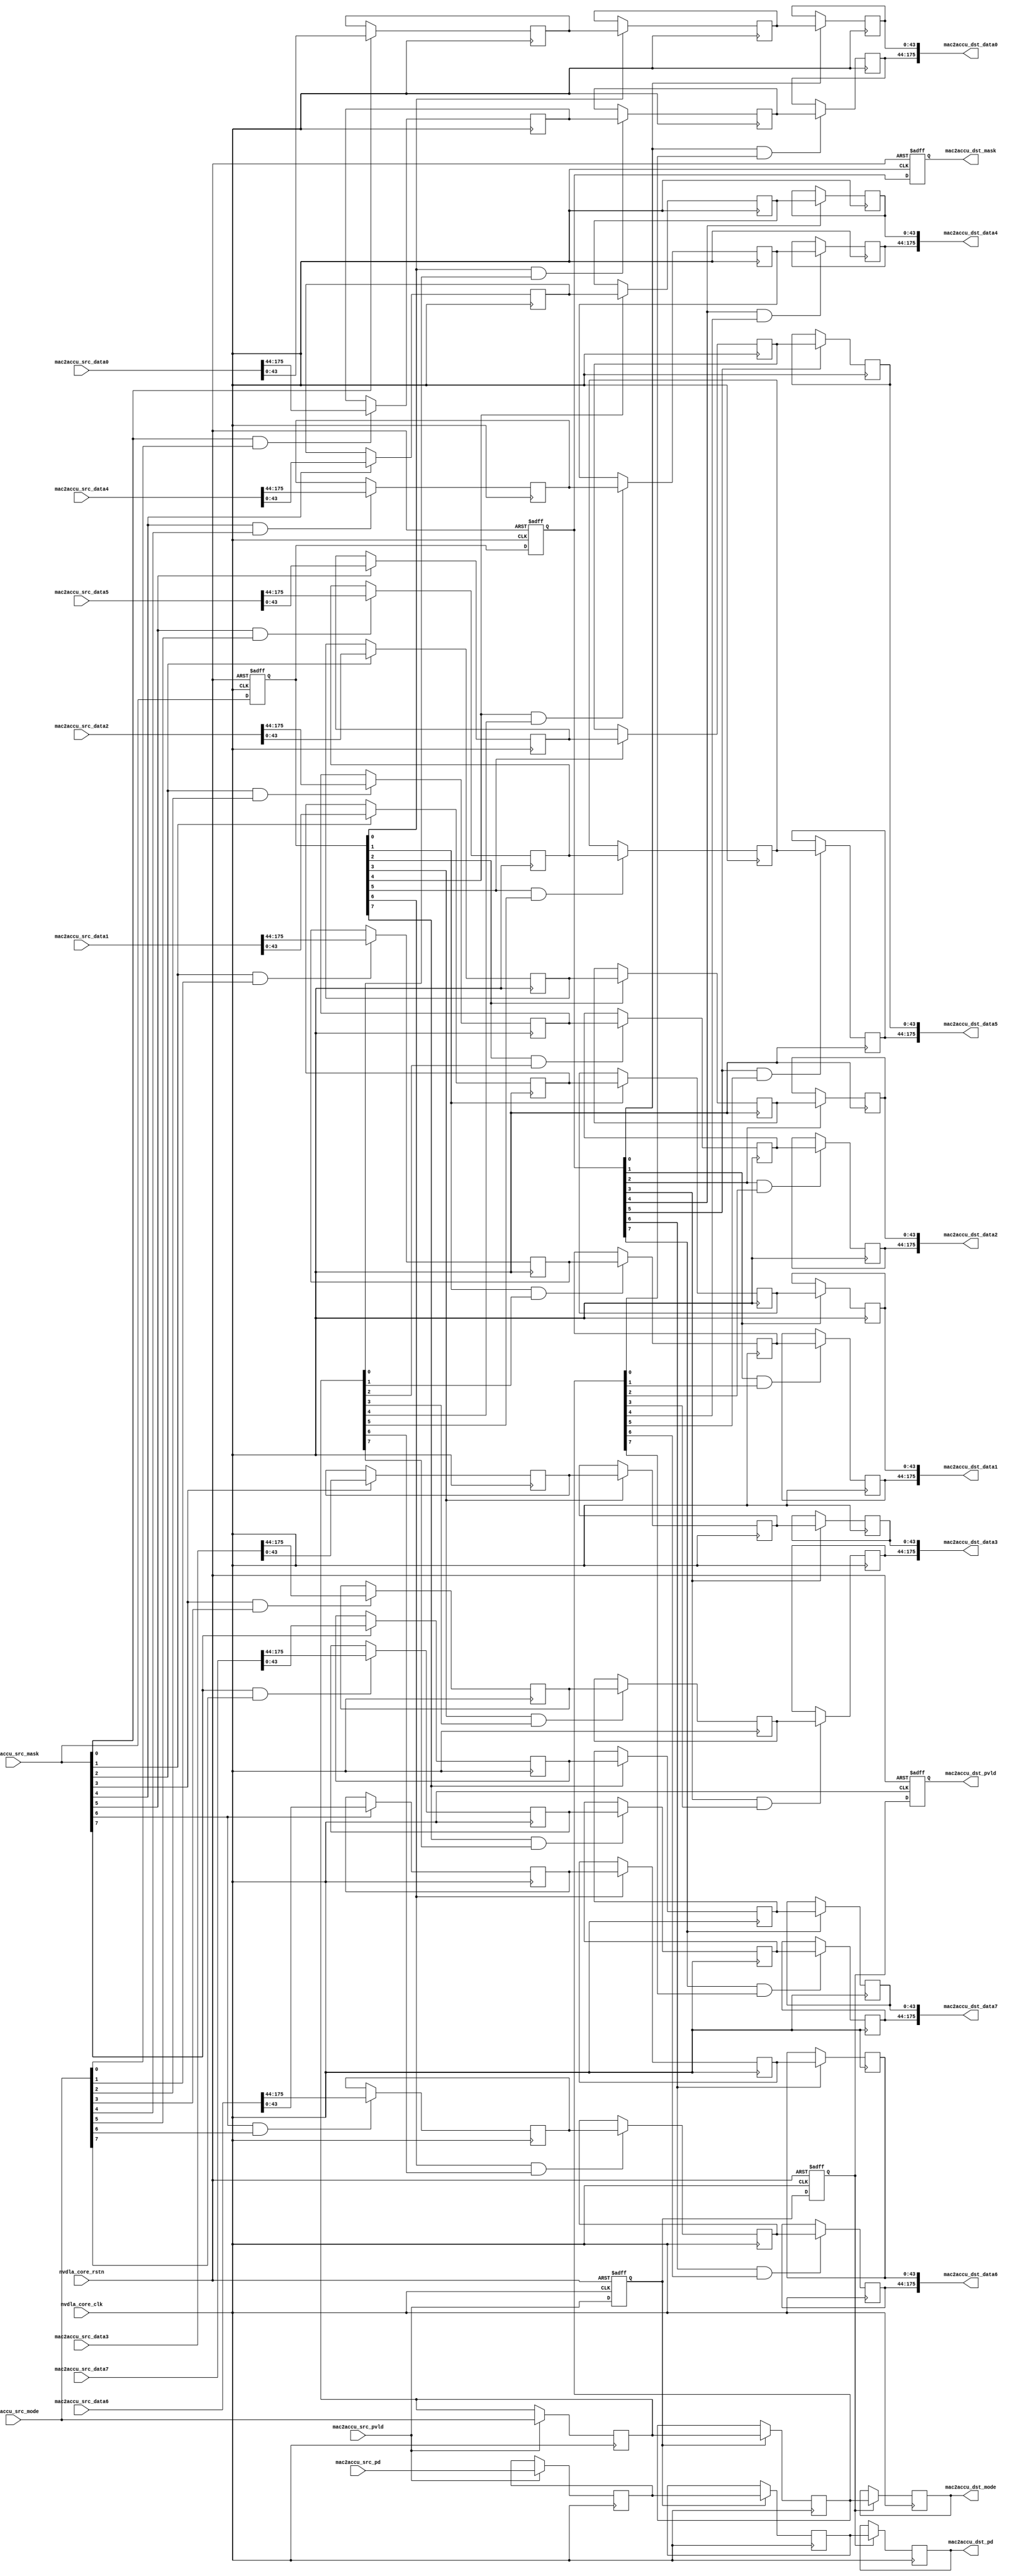
// ================================================================
// NVDLA Open Source Project
//
// Copyright(c) 2016 - 2017 NVIDIA Corporation. Licensed under the
// NVDLA Open Hardware License; Check "LICENSE" which comes with
// this distribution for more information.
// ================================================================
module NV_NVDLA_RT_cmac_b2cacc (
   nvdla_core_clk
  ,nvdla_core_rstn
  ,mac2accu_src_pvld
  ,mac2accu_src_mask
  ,mac2accu_src_mode
  ,mac2accu_src_data0
  ,mac2accu_src_data1
  ,mac2accu_src_data2
  ,mac2accu_src_data3
  ,mac2accu_src_data4
  ,mac2accu_src_data5
  ,mac2accu_src_data6
  ,mac2accu_src_data7
  ,mac2accu_src_pd
  ,mac2accu_dst_pvld
  ,mac2accu_dst_mask
  ,mac2accu_dst_mode
  ,mac2accu_dst_data0
  ,mac2accu_dst_data1
  ,mac2accu_dst_data2
  ,mac2accu_dst_data3
  ,mac2accu_dst_data4
  ,mac2accu_dst_data5
  ,mac2accu_dst_data6
  ,mac2accu_dst_data7
  ,mac2accu_dst_pd
  );
//
// NV_NVDLA_RT_cmac2cacc_ports.v
//
input nvdla_core_clk;
input nvdla_core_rstn;
input mac2accu_src_pvld; /* data valid */
input [7:0] mac2accu_src_mask;
input [7:0] mac2accu_src_mode;
input [175:0] mac2accu_src_data0;
input [175:0] mac2accu_src_data1;
input [175:0] mac2accu_src_data2;
input [175:0] mac2accu_src_data3;
input [175:0] mac2accu_src_data4;
input [175:0] mac2accu_src_data5;
input [175:0] mac2accu_src_data6;
input [175:0] mac2accu_src_data7;
input [8:0] mac2accu_src_pd;
output mac2accu_dst_pvld; /* data valid */
output [7:0] mac2accu_dst_mask;
output [7:0] mac2accu_dst_mode;
output [175:0] mac2accu_dst_data0;
output [175:0] mac2accu_dst_data1;
output [175:0] mac2accu_dst_data2;
output [175:0] mac2accu_dst_data3;
output [175:0] mac2accu_dst_data4;
output [175:0] mac2accu_dst_data5;
output [175:0] mac2accu_dst_data6;
output [175:0] mac2accu_dst_data7;
output [8:0] mac2accu_dst_pd;
wire [175:0] mac2accu_data0_d0;
wire [175:0] mac2accu_data1_d0;
wire [175:0] mac2accu_data2_d0;
wire [175:0] mac2accu_data3_d0;
wire [175:0] mac2accu_data4_d0;
wire [175:0] mac2accu_data5_d0;
wire [175:0] mac2accu_data6_d0;
wire [175:0] mac2accu_data7_d0;
wire [7:0] mac2accu_mask_d0;
wire [7:0] mac2accu_mode_d0;
wire [8:0] mac2accu_pd_d0;
wire mac2accu_pvld_d0;
reg [175:0] mac2accu_data0_d1;
reg [175:0] mac2accu_data0_d2;
reg [175:0] mac2accu_data0_d3;
reg [175:0] mac2accu_data1_d1;
reg [175:0] mac2accu_data1_d2;
reg [175:0] mac2accu_data1_d3;
reg [175:0] mac2accu_data2_d1;
reg [175:0] mac2accu_data2_d2;
reg [175:0] mac2accu_data2_d3;
reg [175:0] mac2accu_data3_d1;
reg [175:0] mac2accu_data3_d2;
reg [175:0] mac2accu_data3_d3;
reg [175:0] mac2accu_data4_d1;
reg [175:0] mac2accu_data4_d2;
reg [175:0] mac2accu_data4_d3;
reg [175:0] mac2accu_data5_d1;
reg [175:0] mac2accu_data5_d2;
reg [175:0] mac2accu_data5_d3;
reg [175:0] mac2accu_data6_d1;
reg [175:0] mac2accu_data6_d2;
reg [175:0] mac2accu_data6_d3;
reg [175:0] mac2accu_data7_d1;
reg [175:0] mac2accu_data7_d2;
reg [175:0] mac2accu_data7_d3;
reg [7:0] mac2accu_mask_d1;
reg [7:0] mac2accu_mask_d2;
reg [7:0] mac2accu_mask_d3;
reg [7:0] mac2accu_mode_d1;
reg [7:0] mac2accu_mode_d2;
reg [7:0] mac2accu_mode_d3;
reg [8:0] mac2accu_pd_d1;
reg [8:0] mac2accu_pd_d2;
reg [8:0] mac2accu_pd_d3;
reg mac2accu_pvld_d1;
reg mac2accu_pvld_d2;
reg mac2accu_pvld_d3;
assign mac2accu_pvld_d0 = mac2accu_src_pvld;
assign mac2accu_pd_d0 = mac2accu_src_pd;
assign mac2accu_mask_d0 = mac2accu_src_mask;
assign mac2accu_mode_d0 = mac2accu_src_mode;
assign mac2accu_data0_d0 = mac2accu_src_data0;
assign mac2accu_data1_d0 = mac2accu_src_data1;
assign mac2accu_data2_d0 = mac2accu_src_data2;
assign mac2accu_data3_d0 = mac2accu_src_data3;
assign mac2accu_data4_d0 = mac2accu_src_data4;
assign mac2accu_data5_d0 = mac2accu_src_data5;
assign mac2accu_data6_d0 = mac2accu_src_data6;
assign mac2accu_data7_d0 = mac2accu_src_data7;
always @(posedge nvdla_core_clk or negedge nvdla_core_rstn) begin
  if (!nvdla_core_rstn) begin
    mac2accu_pvld_d1 <= 1'b0;
  end else begin
  mac2accu_pvld_d1 <= mac2accu_pvld_d0;
  end
end
always @(posedge nvdla_core_clk) begin
  if ((mac2accu_pvld_d0) == 1'b1) begin
    mac2accu_pd_d1 <= mac2accu_pd_d0;
// VCS coverage off
  end else if ((mac2accu_pvld_d0) == 1'b0) begin
  end else begin
    mac2accu_pd_d1 <= 'bx; // spyglass disable STARC-2.10.1.6 W443 NoWidthInBasedNum-ML -- (Constant containing x or z used, Based number `bx contains an X, Width specification missing for based number)
// VCS coverage on
  end
end
always @(posedge nvdla_core_clk) begin
  if ((mac2accu_pvld_d0) == 1'b1) begin
    mac2accu_mode_d1 <= mac2accu_mode_d0;
// VCS coverage off
  end else if ((mac2accu_pvld_d0) == 1'b0) begin
  end else begin
    mac2accu_mode_d1 <= 'bx; // spyglass disable STARC-2.10.1.6 W443 NoWidthInBasedNum-ML -- (Constant containing x or z used, Based number `bx contains an X, Width specification missing for based number)
// VCS coverage on
  end
end
always @(posedge nvdla_core_clk or negedge nvdla_core_rstn) begin
  if (!nvdla_core_rstn) begin
    mac2accu_mask_d1 <= {8{1'b0}};
  end else begin
  mac2accu_mask_d1 <= mac2accu_mask_d0;
  end
end
always @(posedge nvdla_core_clk) begin
  if ((mac2accu_mask_d0[0]) == 1'b1) begin
    mac2accu_data0_d1[43:0] <= mac2accu_data0_d0[43:0];
// VCS coverage off
  end else if ((mac2accu_mask_d0[0]) == 1'b0) begin
  end else begin
    mac2accu_data0_d1[43:0] <= 'bx; // spyglass disable STARC-2.10.1.6 W443 NoWidthInBasedNum-ML -- (Constant containing x or z used, Based number `bx contains an X, Width specification missing for based number)
// VCS coverage on
  end
end
always @(posedge nvdla_core_clk) begin
  if ((mac2accu_mask_d0[0] & mac2accu_mode_d0[0]) == 1'b1) begin
    mac2accu_data0_d1[175:44] <= mac2accu_data0_d0[175:44];
// VCS coverage off
  end else if ((mac2accu_mask_d0[0] & mac2accu_mode_d0[0]) == 1'b0) begin
  end else begin
    mac2accu_data0_d1[175:44] <= 'bx; // spyglass disable STARC-2.10.1.6 W443 NoWidthInBasedNum-ML -- (Constant containing x or z used, Based number `bx contains an X, Width specification missing for based number)
// VCS coverage on
  end
end
always @(posedge nvdla_core_clk) begin
  if ((mac2accu_mask_d0[1]) == 1'b1) begin
    mac2accu_data1_d1[43:0] <= mac2accu_data1_d0[43:0];
// VCS coverage off
  end else if ((mac2accu_mask_d0[1]) == 1'b0) begin
  end else begin
    mac2accu_data1_d1[43:0] <= 'bx; // spyglass disable STARC-2.10.1.6 W443 NoWidthInBasedNum-ML -- (Constant containing x or z used, Based number `bx contains an X, Width specification missing for based number)
// VCS coverage on
  end
end
always @(posedge nvdla_core_clk) begin
  if ((mac2accu_mask_d0[1] & mac2accu_mode_d0[1]) == 1'b1) begin
    mac2accu_data1_d1[175:44] <= mac2accu_data1_d0[175:44];
// VCS coverage off
  end else if ((mac2accu_mask_d0[1] & mac2accu_mode_d0[1]) == 1'b0) begin
  end else begin
    mac2accu_data1_d1[175:44] <= 'bx; // spyglass disable STARC-2.10.1.6 W443 NoWidthInBasedNum-ML -- (Constant containing x or z used, Based number `bx contains an X, Width specification missing for based number)
// VCS coverage on
  end
end
always @(posedge nvdla_core_clk) begin
  if ((mac2accu_mask_d0[2]) == 1'b1) begin
    mac2accu_data2_d1[43:0] <= mac2accu_data2_d0[43:0];
// VCS coverage off
  end else if ((mac2accu_mask_d0[2]) == 1'b0) begin
  end else begin
    mac2accu_data2_d1[43:0] <= 'bx; // spyglass disable STARC-2.10.1.6 W443 NoWidthInBasedNum-ML -- (Constant containing x or z used, Based number `bx contains an X, Width specification missing for based number)
// VCS coverage on
  end
end
always @(posedge nvdla_core_clk) begin
  if ((mac2accu_mask_d0[2] & mac2accu_mode_d0[2]) == 1'b1) begin
    mac2accu_data2_d1[175:44] <= mac2accu_data2_d0[175:44];
// VCS coverage off
  end else if ((mac2accu_mask_d0[2] & mac2accu_mode_d0[2]) == 1'b0) begin
  end else begin
    mac2accu_data2_d1[175:44] <= 'bx; // spyglass disable STARC-2.10.1.6 W443 NoWidthInBasedNum-ML -- (Constant containing x or z used, Based number `bx contains an X, Width specification missing for based number)
// VCS coverage on
  end
end
always @(posedge nvdla_core_clk) begin
  if ((mac2accu_mask_d0[3]) == 1'b1) begin
    mac2accu_data3_d1[43:0] <= mac2accu_data3_d0[43:0];
// VCS coverage off
  end else if ((mac2accu_mask_d0[3]) == 1'b0) begin
  end else begin
    mac2accu_data3_d1[43:0] <= 'bx; // spyglass disable STARC-2.10.1.6 W443 NoWidthInBasedNum-ML -- (Constant containing x or z used, Based number `bx contains an X, Width specification missing for based number)
// VCS coverage on
  end
end
always @(posedge nvdla_core_clk) begin
  if ((mac2accu_mask_d0[3] & mac2accu_mode_d0[3]) == 1'b1) begin
    mac2accu_data3_d1[175:44] <= mac2accu_data3_d0[175:44];
// VCS coverage off
  end else if ((mac2accu_mask_d0[3] & mac2accu_mode_d0[3]) == 1'b0) begin
  end else begin
    mac2accu_data3_d1[175:44] <= 'bx; // spyglass disable STARC-2.10.1.6 W443 NoWidthInBasedNum-ML -- (Constant containing x or z used, Based number `bx contains an X, Width specification missing for based number)
// VCS coverage on
  end
end
always @(posedge nvdla_core_clk) begin
  if ((mac2accu_mask_d0[4]) == 1'b1) begin
    mac2accu_data4_d1[43:0] <= mac2accu_data4_d0[43:0];
// VCS coverage off
  end else if ((mac2accu_mask_d0[4]) == 1'b0) begin
  end else begin
    mac2accu_data4_d1[43:0] <= 'bx; // spyglass disable STARC-2.10.1.6 W443 NoWidthInBasedNum-ML -- (Constant containing x or z used, Based number `bx contains an X, Width specification missing for based number)
// VCS coverage on
  end
end
always @(posedge nvdla_core_clk) begin
  if ((mac2accu_mask_d0[4] & mac2accu_mode_d0[4]) == 1'b1) begin
    mac2accu_data4_d1[175:44] <= mac2accu_data4_d0[175:44];
// VCS coverage off
  end else if ((mac2accu_mask_d0[4] & mac2accu_mode_d0[4]) == 1'b0) begin
  end else begin
    mac2accu_data4_d1[175:44] <= 'bx; // spyglass disable STARC-2.10.1.6 W443 NoWidthInBasedNum-ML -- (Constant containing x or z used, Based number `bx contains an X, Width specification missing for based number)
// VCS coverage on
  end
end
always @(posedge nvdla_core_clk) begin
  if ((mac2accu_mask_d0[5]) == 1'b1) begin
    mac2accu_data5_d1[43:0] <= mac2accu_data5_d0[43:0];
// VCS coverage off
  end else if ((mac2accu_mask_d0[5]) == 1'b0) begin
  end else begin
    mac2accu_data5_d1[43:0] <= 'bx; // spyglass disable STARC-2.10.1.6 W443 NoWidthInBasedNum-ML -- (Constant containing x or z used, Based number `bx contains an X, Width specification missing for based number)
// VCS coverage on
  end
end
always @(posedge nvdla_core_clk) begin
  if ((mac2accu_mask_d0[5] & mac2accu_mode_d0[5]) == 1'b1) begin
    mac2accu_data5_d1[175:44] <= mac2accu_data5_d0[175:44];
// VCS coverage off
  end else if ((mac2accu_mask_d0[5] & mac2accu_mode_d0[5]) == 1'b0) begin
  end else begin
    mac2accu_data5_d1[175:44] <= 'bx; // spyglass disable STARC-2.10.1.6 W443 NoWidthInBasedNum-ML -- (Constant containing x or z used, Based number `bx contains an X, Width specification missing for based number)
// VCS coverage on
  end
end
always @(posedge nvdla_core_clk) begin
  if ((mac2accu_mask_d0[6]) == 1'b1) begin
    mac2accu_data6_d1[43:0] <= mac2accu_data6_d0[43:0];
// VCS coverage off
  end else if ((mac2accu_mask_d0[6]) == 1'b0) begin
  end else begin
    mac2accu_data6_d1[43:0] <= 'bx; // spyglass disable STARC-2.10.1.6 W443 NoWidthInBasedNum-ML -- (Constant containing x or z used, Based number `bx contains an X, Width specification missing for based number)
// VCS coverage on
  end
end
always @(posedge nvdla_core_clk) begin
  if ((mac2accu_mask_d0[6] & mac2accu_mode_d0[6]) == 1'b1) begin
    mac2accu_data6_d1[175:44] <= mac2accu_data6_d0[175:44];
// VCS coverage off
  end else if ((mac2accu_mask_d0[6] & mac2accu_mode_d0[6]) == 1'b0) begin
  end else begin
    mac2accu_data6_d1[175:44] <= 'bx; // spyglass disable STARC-2.10.1.6 W443 NoWidthInBasedNum-ML -- (Constant containing x or z used, Based number `bx contains an X, Width specification missing for based number)
// VCS coverage on
  end
end
always @(posedge nvdla_core_clk) begin
  if ((mac2accu_mask_d0[7]) == 1'b1) begin
    mac2accu_data7_d1[43:0] <= mac2accu_data7_d0[43:0];
// VCS coverage off
  end else if ((mac2accu_mask_d0[7]) == 1'b0) begin
  end else begin
    mac2accu_data7_d1[43:0] <= 'bx; // spyglass disable STARC-2.10.1.6 W443 NoWidthInBasedNum-ML -- (Constant containing x or z used, Based number `bx contains an X, Width specification missing for based number)
// VCS coverage on
  end
end
always @(posedge nvdla_core_clk) begin
  if ((mac2accu_mask_d0[7] & mac2accu_mode_d0[7]) == 1'b1) begin
    mac2accu_data7_d1[175:44] <= mac2accu_data7_d0[175:44];
// VCS coverage off
  end else if ((mac2accu_mask_d0[7] & mac2accu_mode_d0[7]) == 1'b0) begin
  end else begin
    mac2accu_data7_d1[175:44] <= 'bx; // spyglass disable STARC-2.10.1.6 W443 NoWidthInBasedNum-ML -- (Constant containing x or z used, Based number `bx contains an X, Width specification missing for based number)
// VCS coverage on
  end
end
always @(posedge nvdla_core_clk or negedge nvdla_core_rstn) begin
  if (!nvdla_core_rstn) begin
    mac2accu_pvld_d2 <= 1'b0;
  end else begin
  mac2accu_pvld_d2 <= mac2accu_pvld_d1;
  end
end
always @(posedge nvdla_core_clk) begin
  if ((mac2accu_pvld_d1) == 1'b1) begin
    mac2accu_pd_d2 <= mac2accu_pd_d1;
// VCS coverage off
  end else if ((mac2accu_pvld_d1) == 1'b0) begin
  end else begin
    mac2accu_pd_d2 <= 'bx; // spyglass disable STARC-2.10.1.6 W443 NoWidthInBasedNum-ML -- (Constant containing x or z used, Based number `bx contains an X, Width specification missing for based number)
// VCS coverage on
  end
end
always @(posedge nvdla_core_clk) begin
  if ((mac2accu_pvld_d1) == 1'b1) begin
    mac2accu_mode_d2 <= mac2accu_mode_d1;
// VCS coverage off
  end else if ((mac2accu_pvld_d1) == 1'b0) begin
  end else begin
    mac2accu_mode_d2 <= 'bx; // spyglass disable STARC-2.10.1.6 W443 NoWidthInBasedNum-ML -- (Constant containing x or z used, Based number `bx contains an X, Width specification missing for based number)
// VCS coverage on
  end
end
always @(posedge nvdla_core_clk or negedge nvdla_core_rstn) begin
  if (!nvdla_core_rstn) begin
    mac2accu_mask_d2 <= {8{1'b0}};
  end else begin
  mac2accu_mask_d2 <= mac2accu_mask_d1;
  end
end
always @(posedge nvdla_core_clk) begin
  if ((mac2accu_mask_d1[0]) == 1'b1) begin
    mac2accu_data0_d2[43:0] <= mac2accu_data0_d1[43:0];
// VCS coverage off
  end else if ((mac2accu_mask_d1[0]) == 1'b0) begin
  end else begin
    mac2accu_data0_d2[43:0] <= 'bx; // spyglass disable STARC-2.10.1.6 W443 NoWidthInBasedNum-ML -- (Constant containing x or z used, Based number `bx contains an X, Width specification missing for based number)
// VCS coverage on
  end
end
always @(posedge nvdla_core_clk) begin
  if ((mac2accu_mask_d1[0] & mac2accu_mode_d1[0]) == 1'b1) begin
    mac2accu_data0_d2[175:44] <= mac2accu_data0_d1[175:44];
// VCS coverage off
  end else if ((mac2accu_mask_d1[0] & mac2accu_mode_d1[0]) == 1'b0) begin
  end else begin
    mac2accu_data0_d2[175:44] <= 'bx; // spyglass disable STARC-2.10.1.6 W443 NoWidthInBasedNum-ML -- (Constant containing x or z used, Based number `bx contains an X, Width specification missing for based number)
// VCS coverage on
  end
end
always @(posedge nvdla_core_clk) begin
  if ((mac2accu_mask_d1[1]) == 1'b1) begin
    mac2accu_data1_d2[43:0] <= mac2accu_data1_d1[43:0];
// VCS coverage off
  end else if ((mac2accu_mask_d1[1]) == 1'b0) begin
  end else begin
    mac2accu_data1_d2[43:0] <= 'bx; // spyglass disable STARC-2.10.1.6 W443 NoWidthInBasedNum-ML -- (Constant containing x or z used, Based number `bx contains an X, Width specification missing for based number)
// VCS coverage on
  end
end
always @(posedge nvdla_core_clk) begin
  if ((mac2accu_mask_d1[1] & mac2accu_mode_d1[1]) == 1'b1) begin
    mac2accu_data1_d2[175:44] <= mac2accu_data1_d1[175:44];
// VCS coverage off
  end else if ((mac2accu_mask_d1[1] & mac2accu_mode_d1[1]) == 1'b0) begin
  end else begin
    mac2accu_data1_d2[175:44] <= 'bx; // spyglass disable STARC-2.10.1.6 W443 NoWidthInBasedNum-ML -- (Constant containing x or z used, Based number `bx contains an X, Width specification missing for based number)
// VCS coverage on
  end
end
always @(posedge nvdla_core_clk) begin
  if ((mac2accu_mask_d1[2]) == 1'b1) begin
    mac2accu_data2_d2[43:0] <= mac2accu_data2_d1[43:0];
// VCS coverage off
  end else if ((mac2accu_mask_d1[2]) == 1'b0) begin
  end else begin
    mac2accu_data2_d2[43:0] <= 'bx; // spyglass disable STARC-2.10.1.6 W443 NoWidthInBasedNum-ML -- (Constant containing x or z used, Based number `bx contains an X, Width specification missing for based number)
// VCS coverage on
  end
end
always @(posedge nvdla_core_clk) begin
  if ((mac2accu_mask_d1[2] & mac2accu_mode_d1[2]) == 1'b1) begin
    mac2accu_data2_d2[175:44] <= mac2accu_data2_d1[175:44];
// VCS coverage off
  end else if ((mac2accu_mask_d1[2] & mac2accu_mode_d1[2]) == 1'b0) begin
  end else begin
    mac2accu_data2_d2[175:44] <= 'bx; // spyglass disable STARC-2.10.1.6 W443 NoWidthInBasedNum-ML -- (Constant containing x or z used, Based number `bx contains an X, Width specification missing for based number)
// VCS coverage on
  end
end
always @(posedge nvdla_core_clk) begin
  if ((mac2accu_mask_d1[3]) == 1'b1) begin
    mac2accu_data3_d2[43:0] <= mac2accu_data3_d1[43:0];
// VCS coverage off
  end else if ((mac2accu_mask_d1[3]) == 1'b0) begin
  end else begin
    mac2accu_data3_d2[43:0] <= 'bx; // spyglass disable STARC-2.10.1.6 W443 NoWidthInBasedNum-ML -- (Constant containing x or z used, Based number `bx contains an X, Width specification missing for based number)
// VCS coverage on
  end
end
always @(posedge nvdla_core_clk) begin
  if ((mac2accu_mask_d1[3] & mac2accu_mode_d1[3]) == 1'b1) begin
    mac2accu_data3_d2[175:44] <= mac2accu_data3_d1[175:44];
// VCS coverage off
  end else if ((mac2accu_mask_d1[3] & mac2accu_mode_d1[3]) == 1'b0) begin
  end else begin
    mac2accu_data3_d2[175:44] <= 'bx; // spyglass disable STARC-2.10.1.6 W443 NoWidthInBasedNum-ML -- (Constant containing x or z used, Based number `bx contains an X, Width specification missing for based number)
// VCS coverage on
  end
end
always @(posedge nvdla_core_clk) begin
  if ((mac2accu_mask_d1[4]) == 1'b1) begin
    mac2accu_data4_d2[43:0] <= mac2accu_data4_d1[43:0];
// VCS coverage off
  end else if ((mac2accu_mask_d1[4]) == 1'b0) begin
  end else begin
    mac2accu_data4_d2[43:0] <= 'bx; // spyglass disable STARC-2.10.1.6 W443 NoWidthInBasedNum-ML -- (Constant containing x or z used, Based number `bx contains an X, Width specification missing for based number)
// VCS coverage on
  end
end
always @(posedge nvdla_core_clk) begin
  if ((mac2accu_mask_d1[4] & mac2accu_mode_d1[4]) == 1'b1) begin
    mac2accu_data4_d2[175:44] <= mac2accu_data4_d1[175:44];
// VCS coverage off
  end else if ((mac2accu_mask_d1[4] & mac2accu_mode_d1[4]) == 1'b0) begin
  end else begin
    mac2accu_data4_d2[175:44] <= 'bx; // spyglass disable STARC-2.10.1.6 W443 NoWidthInBasedNum-ML -- (Constant containing x or z used, Based number `bx contains an X, Width specification missing for based number)
// VCS coverage on
  end
end
always @(posedge nvdla_core_clk) begin
  if ((mac2accu_mask_d1[5]) == 1'b1) begin
    mac2accu_data5_d2[43:0] <= mac2accu_data5_d1[43:0];
// VCS coverage off
  end else if ((mac2accu_mask_d1[5]) == 1'b0) begin
  end else begin
    mac2accu_data5_d2[43:0] <= 'bx; // spyglass disable STARC-2.10.1.6 W443 NoWidthInBasedNum-ML -- (Constant containing x or z used, Based number `bx contains an X, Width specification missing for based number)
// VCS coverage on
  end
end
always @(posedge nvdla_core_clk) begin
  if ((mac2accu_mask_d1[5] & mac2accu_mode_d1[5]) == 1'b1) begin
    mac2accu_data5_d2[175:44] <= mac2accu_data5_d1[175:44];
// VCS coverage off
  end else if ((mac2accu_mask_d1[5] & mac2accu_mode_d1[5]) == 1'b0) begin
  end else begin
    mac2accu_data5_d2[175:44] <= 'bx; // spyglass disable STARC-2.10.1.6 W443 NoWidthInBasedNum-ML -- (Constant containing x or z used, Based number `bx contains an X, Width specification missing for based number)
// VCS coverage on
  end
end
always @(posedge nvdla_core_clk) begin
  if ((mac2accu_mask_d1[6]) == 1'b1) begin
    mac2accu_data6_d2[43:0] <= mac2accu_data6_d1[43:0];
// VCS coverage off
  end else if ((mac2accu_mask_d1[6]) == 1'b0) begin
  end else begin
    mac2accu_data6_d2[43:0] <= 'bx; // spyglass disable STARC-2.10.1.6 W443 NoWidthInBasedNum-ML -- (Constant containing x or z used, Based number `bx contains an X, Width specification missing for based number)
// VCS coverage on
  end
end
always @(posedge nvdla_core_clk) begin
  if ((mac2accu_mask_d1[6] & mac2accu_mode_d1[6]) == 1'b1) begin
    mac2accu_data6_d2[175:44] <= mac2accu_data6_d1[175:44];
// VCS coverage off
  end else if ((mac2accu_mask_d1[6] & mac2accu_mode_d1[6]) == 1'b0) begin
  end else begin
    mac2accu_data6_d2[175:44] <= 'bx; // spyglass disable STARC-2.10.1.6 W443 NoWidthInBasedNum-ML -- (Constant containing x or z used, Based number `bx contains an X, Width specification missing for based number)
// VCS coverage on
  end
end
always @(posedge nvdla_core_clk) begin
  if ((mac2accu_mask_d1[7]) == 1'b1) begin
    mac2accu_data7_d2[43:0] <= mac2accu_data7_d1[43:0];
// VCS coverage off
  end else if ((mac2accu_mask_d1[7]) == 1'b0) begin
  end else begin
    mac2accu_data7_d2[43:0] <= 'bx; // spyglass disable STARC-2.10.1.6 W443 NoWidthInBasedNum-ML -- (Constant containing x or z used, Based number `bx contains an X, Width specification missing for based number)
// VCS coverage on
  end
end
always @(posedge nvdla_core_clk) begin
  if ((mac2accu_mask_d1[7] & mac2accu_mode_d1[7]) == 1'b1) begin
    mac2accu_data7_d2[175:44] <= mac2accu_data7_d1[175:44];
// VCS coverage off
  end else if ((mac2accu_mask_d1[7] & mac2accu_mode_d1[7]) == 1'b0) begin
  end else begin
    mac2accu_data7_d2[175:44] <= 'bx; // spyglass disable STARC-2.10.1.6 W443 NoWidthInBasedNum-ML -- (Constant containing x or z used, Based number `bx contains an X, Width specification missing for based number)
// VCS coverage on
  end
end
always @(posedge nvdla_core_clk or negedge nvdla_core_rstn) begin
  if (!nvdla_core_rstn) begin
    mac2accu_pvld_d3 <= 1'b0;
  end else begin
  mac2accu_pvld_d3 <= mac2accu_pvld_d2;
  end
end
always @(posedge nvdla_core_clk) begin
  if ((mac2accu_pvld_d2) == 1'b1) begin
    mac2accu_pd_d3 <= mac2accu_pd_d2;
// VCS coverage off
  end else if ((mac2accu_pvld_d2) == 1'b0) begin
  end else begin
    mac2accu_pd_d3 <= 'bx; // spyglass disable STARC-2.10.1.6 W443 NoWidthInBasedNum-ML -- (Constant containing x or z used, Based number `bx contains an X, Width specification missing for based number)
// VCS coverage on
  end
end
always @(posedge nvdla_core_clk) begin
  if ((mac2accu_pvld_d2) == 1'b1) begin
    mac2accu_mode_d3 <= mac2accu_mode_d2;
// VCS coverage off
  end else if ((mac2accu_pvld_d2) == 1'b0) begin
  end else begin
    mac2accu_mode_d3 <= 'bx; // spyglass disable STARC-2.10.1.6 W443 NoWidthInBasedNum-ML -- (Constant containing x or z used, Based number `bx contains an X, Width specification missing for based number)
// VCS coverage on
  end
end
always @(posedge nvdla_core_clk or negedge nvdla_core_rstn) begin
  if (!nvdla_core_rstn) begin
    mac2accu_mask_d3 <= {8{1'b0}};
  end else begin
  mac2accu_mask_d3 <= mac2accu_mask_d2;
  end
end
always @(posedge nvdla_core_clk) begin
  if ((mac2accu_mask_d2[0]) == 1'b1) begin
    mac2accu_data0_d3[43:0] <= mac2accu_data0_d2[43:0];
// VCS coverage off
  end else if ((mac2accu_mask_d2[0]) == 1'b0) begin
  end else begin
    mac2accu_data0_d3[43:0] <= 'bx; // spyglass disable STARC-2.10.1.6 W443 NoWidthInBasedNum-ML -- (Constant containing x or z used, Based number `bx contains an X, Width specification missing for based number)
// VCS coverage on
  end
end
always @(posedge nvdla_core_clk) begin
  if ((mac2accu_mask_d2[0] & mac2accu_mode_d2[0]) == 1'b1) begin
    mac2accu_data0_d3[175:44] <= mac2accu_data0_d2[175:44];
// VCS coverage off
  end else if ((mac2accu_mask_d2[0] & mac2accu_mode_d2[0]) == 1'b0) begin
  end else begin
    mac2accu_data0_d3[175:44] <= 'bx; // spyglass disable STARC-2.10.1.6 W443 NoWidthInBasedNum-ML -- (Constant containing x or z used, Based number `bx contains an X, Width specification missing for based number)
// VCS coverage on
  end
end
always @(posedge nvdla_core_clk) begin
  if ((mac2accu_mask_d2[1]) == 1'b1) begin
    mac2accu_data1_d3[43:0] <= mac2accu_data1_d2[43:0];
// VCS coverage off
  end else if ((mac2accu_mask_d2[1]) == 1'b0) begin
  end else begin
    mac2accu_data1_d3[43:0] <= 'bx; // spyglass disable STARC-2.10.1.6 W443 NoWidthInBasedNum-ML -- (Constant containing x or z used, Based number `bx contains an X, Width specification missing for based number)
// VCS coverage on
  end
end
always @(posedge nvdla_core_clk) begin
  if ((mac2accu_mask_d2[1] & mac2accu_mode_d2[1]) == 1'b1) begin
    mac2accu_data1_d3[175:44] <= mac2accu_data1_d2[175:44];
// VCS coverage off
  end else if ((mac2accu_mask_d2[1] & mac2accu_mode_d2[1]) == 1'b0) begin
  end else begin
    mac2accu_data1_d3[175:44] <= 'bx; // spyglass disable STARC-2.10.1.6 W443 NoWidthInBasedNum-ML -- (Constant containing x or z used, Based number `bx contains an X, Width specification missing for based number)
// VCS coverage on
  end
end
always @(posedge nvdla_core_clk) begin
  if ((mac2accu_mask_d2[2]) == 1'b1) begin
    mac2accu_data2_d3[43:0] <= mac2accu_data2_d2[43:0];
// VCS coverage off
  end else if ((mac2accu_mask_d2[2]) == 1'b0) begin
  end else begin
    mac2accu_data2_d3[43:0] <= 'bx; // spyglass disable STARC-2.10.1.6 W443 NoWidthInBasedNum-ML -- (Constant containing x or z used, Based number `bx contains an X, Width specification missing for based number)
// VCS coverage on
  end
end
always @(posedge nvdla_core_clk) begin
  if ((mac2accu_mask_d2[2] & mac2accu_mode_d2[2]) == 1'b1) begin
    mac2accu_data2_d3[175:44] <= mac2accu_data2_d2[175:44];
// VCS coverage off
  end else if ((mac2accu_mask_d2[2] & mac2accu_mode_d2[2]) == 1'b0) begin
  end else begin
    mac2accu_data2_d3[175:44] <= 'bx; // spyglass disable STARC-2.10.1.6 W443 NoWidthInBasedNum-ML -- (Constant containing x or z used, Based number `bx contains an X, Width specification missing for based number)
// VCS coverage on
  end
end
always @(posedge nvdla_core_clk) begin
  if ((mac2accu_mask_d2[3]) == 1'b1) begin
    mac2accu_data3_d3[43:0] <= mac2accu_data3_d2[43:0];
// VCS coverage off
  end else if ((mac2accu_mask_d2[3]) == 1'b0) begin
  end else begin
    mac2accu_data3_d3[43:0] <= 'bx; // spyglass disable STARC-2.10.1.6 W443 NoWidthInBasedNum-ML -- (Constant containing x or z used, Based number `bx contains an X, Width specification missing for based number)
// VCS coverage on
  end
end
always @(posedge nvdla_core_clk) begin
  if ((mac2accu_mask_d2[3] & mac2accu_mode_d2[3]) == 1'b1) begin
    mac2accu_data3_d3[175:44] <= mac2accu_data3_d2[175:44];
// VCS coverage off
  end else if ((mac2accu_mask_d2[3] & mac2accu_mode_d2[3]) == 1'b0) begin
  end else begin
    mac2accu_data3_d3[175:44] <= 'bx; // spyglass disable STARC-2.10.1.6 W443 NoWidthInBasedNum-ML -- (Constant containing x or z used, Based number `bx contains an X, Width specification missing for based number)
// VCS coverage on
  end
end
always @(posedge nvdla_core_clk) begin
  if ((mac2accu_mask_d2[4]) == 1'b1) begin
    mac2accu_data4_d3[43:0] <= mac2accu_data4_d2[43:0];
// VCS coverage off
  end else if ((mac2accu_mask_d2[4]) == 1'b0) begin
  end else begin
    mac2accu_data4_d3[43:0] <= 'bx; // spyglass disable STARC-2.10.1.6 W443 NoWidthInBasedNum-ML -- (Constant containing x or z used, Based number `bx contains an X, Width specification missing for based number)
// VCS coverage on
  end
end
always @(posedge nvdla_core_clk) begin
  if ((mac2accu_mask_d2[4] & mac2accu_mode_d2[4]) == 1'b1) begin
    mac2accu_data4_d3[175:44] <= mac2accu_data4_d2[175:44];
// VCS coverage off
  end else if ((mac2accu_mask_d2[4] & mac2accu_mode_d2[4]) == 1'b0) begin
  end else begin
    mac2accu_data4_d3[175:44] <= 'bx; // spyglass disable STARC-2.10.1.6 W443 NoWidthInBasedNum-ML -- (Constant containing x or z used, Based number `bx contains an X, Width specification missing for based number)
// VCS coverage on
  end
end
always @(posedge nvdla_core_clk) begin
  if ((mac2accu_mask_d2[5]) == 1'b1) begin
    mac2accu_data5_d3[43:0] <= mac2accu_data5_d2[43:0];
// VCS coverage off
  end else if ((mac2accu_mask_d2[5]) == 1'b0) begin
  end else begin
    mac2accu_data5_d3[43:0] <= 'bx; // spyglass disable STARC-2.10.1.6 W443 NoWidthInBasedNum-ML -- (Constant containing x or z used, Based number `bx contains an X, Width specification missing for based number)
// VCS coverage on
  end
end
always @(posedge nvdla_core_clk) begin
  if ((mac2accu_mask_d2[5] & mac2accu_mode_d2[5]) == 1'b1) begin
    mac2accu_data5_d3[175:44] <= mac2accu_data5_d2[175:44];
// VCS coverage off
  end else if ((mac2accu_mask_d2[5] & mac2accu_mode_d2[5]) == 1'b0) begin
  end else begin
    mac2accu_data5_d3[175:44] <= 'bx; // spyglass disable STARC-2.10.1.6 W443 NoWidthInBasedNum-ML -- (Constant containing x or z used, Based number `bx contains an X, Width specification missing for based number)
// VCS coverage on
  end
end
always @(posedge nvdla_core_clk) begin
  if ((mac2accu_mask_d2[6]) == 1'b1) begin
    mac2accu_data6_d3[43:0] <= mac2accu_data6_d2[43:0];
// VCS coverage off
  end else if ((mac2accu_mask_d2[6]) == 1'b0) begin
  end else begin
    mac2accu_data6_d3[43:0] <= 'bx; // spyglass disable STARC-2.10.1.6 W443 NoWidthInBasedNum-ML -- (Constant containing x or z used, Based number `bx contains an X, Width specification missing for based number)
// VCS coverage on
  end
end
always @(posedge nvdla_core_clk) begin
  if ((mac2accu_mask_d2[6] & mac2accu_mode_d2[6]) == 1'b1) begin
    mac2accu_data6_d3[175:44] <= mac2accu_data6_d2[175:44];
// VCS coverage off
  end else if ((mac2accu_mask_d2[6] & mac2accu_mode_d2[6]) == 1'b0) begin
  end else begin
    mac2accu_data6_d3[175:44] <= 'bx; // spyglass disable STARC-2.10.1.6 W443 NoWidthInBasedNum-ML -- (Constant containing x or z used, Based number `bx contains an X, Width specification missing for based number)
// VCS coverage on
  end
end
always @(posedge nvdla_core_clk) begin
  if ((mac2accu_mask_d2[7]) == 1'b1) begin
    mac2accu_data7_d3[43:0] <= mac2accu_data7_d2[43:0];
// VCS coverage off
  end else if ((mac2accu_mask_d2[7]) == 1'b0) begin
  end else begin
    mac2accu_data7_d3[43:0] <= 'bx; // spyglass disable STARC-2.10.1.6 W443 NoWidthInBasedNum-ML -- (Constant containing x or z used, Based number `bx contains an X, Width specification missing for based number)
// VCS coverage on
  end
end
always @(posedge nvdla_core_clk) begin
  if ((mac2accu_mask_d2[7] & mac2accu_mode_d2[7]) == 1'b1) begin
    mac2accu_data7_d3[175:44] <= mac2accu_data7_d2[175:44];
// VCS coverage off
  end else if ((mac2accu_mask_d2[7] & mac2accu_mode_d2[7]) == 1'b0) begin
  end else begin
    mac2accu_data7_d3[175:44] <= 'bx; // spyglass disable STARC-2.10.1.6 W443 NoWidthInBasedNum-ML -- (Constant containing x or z used, Based number `bx contains an X, Width specification missing for based number)
// VCS coverage on
  end
end
assign mac2accu_dst_pvld = mac2accu_pvld_d3;
assign mac2accu_dst_pd = mac2accu_pd_d3;
assign mac2accu_dst_mask = mac2accu_mask_d3;
assign mac2accu_dst_mode = mac2accu_mode_d3;
assign mac2accu_dst_data0 = mac2accu_data0_d3;
assign mac2accu_dst_data1 = mac2accu_data1_d3;
assign mac2accu_dst_data2 = mac2accu_data2_d3;
assign mac2accu_dst_data3 = mac2accu_data3_d3;
assign mac2accu_dst_data4 = mac2accu_data4_d3;
assign mac2accu_dst_data5 = mac2accu_data5_d3;
assign mac2accu_dst_data6 = mac2accu_data6_d3;
assign mac2accu_dst_data7 = mac2accu_data7_d3;
endmodule // NV_NVDLA_RT_cmac_b2cacc